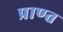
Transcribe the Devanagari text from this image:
प्राण्त